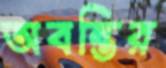
অবন্তির